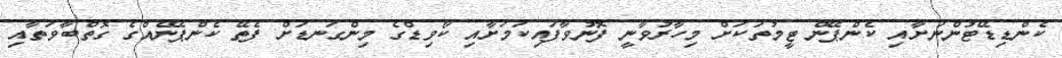
ކެންޑިޑޭޓުންނަށާއި ކެންޕޭން ޓީމުތަކަށް މިހާރުވާނީ ފޮނުވާފައިކަމަށާއި ކޯވިޑްގެ މިންގަނޑަށް ފެތޭ ކެންޕޭނެއްގެ ގޮތްބާވަތާއި